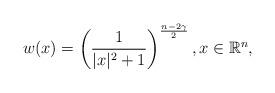
LaTeX: \begin{align*}w(x)=\left(\frac{1}{|x|^2+1}\right)^{\frac{n-2\gamma}{2}},x\in\mathbb R^n,\end{align*}